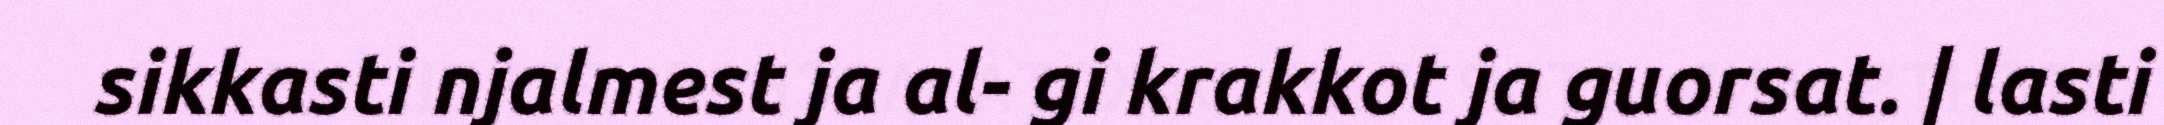
sikkasti njalmest ja al- gi krakkot ja guorsat. | lasti